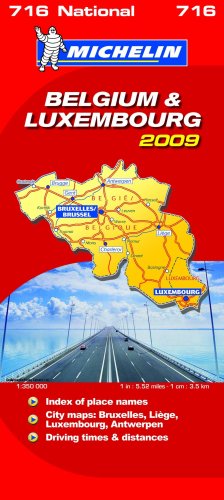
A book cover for Belgium and Luxembourg 2009 2009 (Michelin National Maps); Travel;